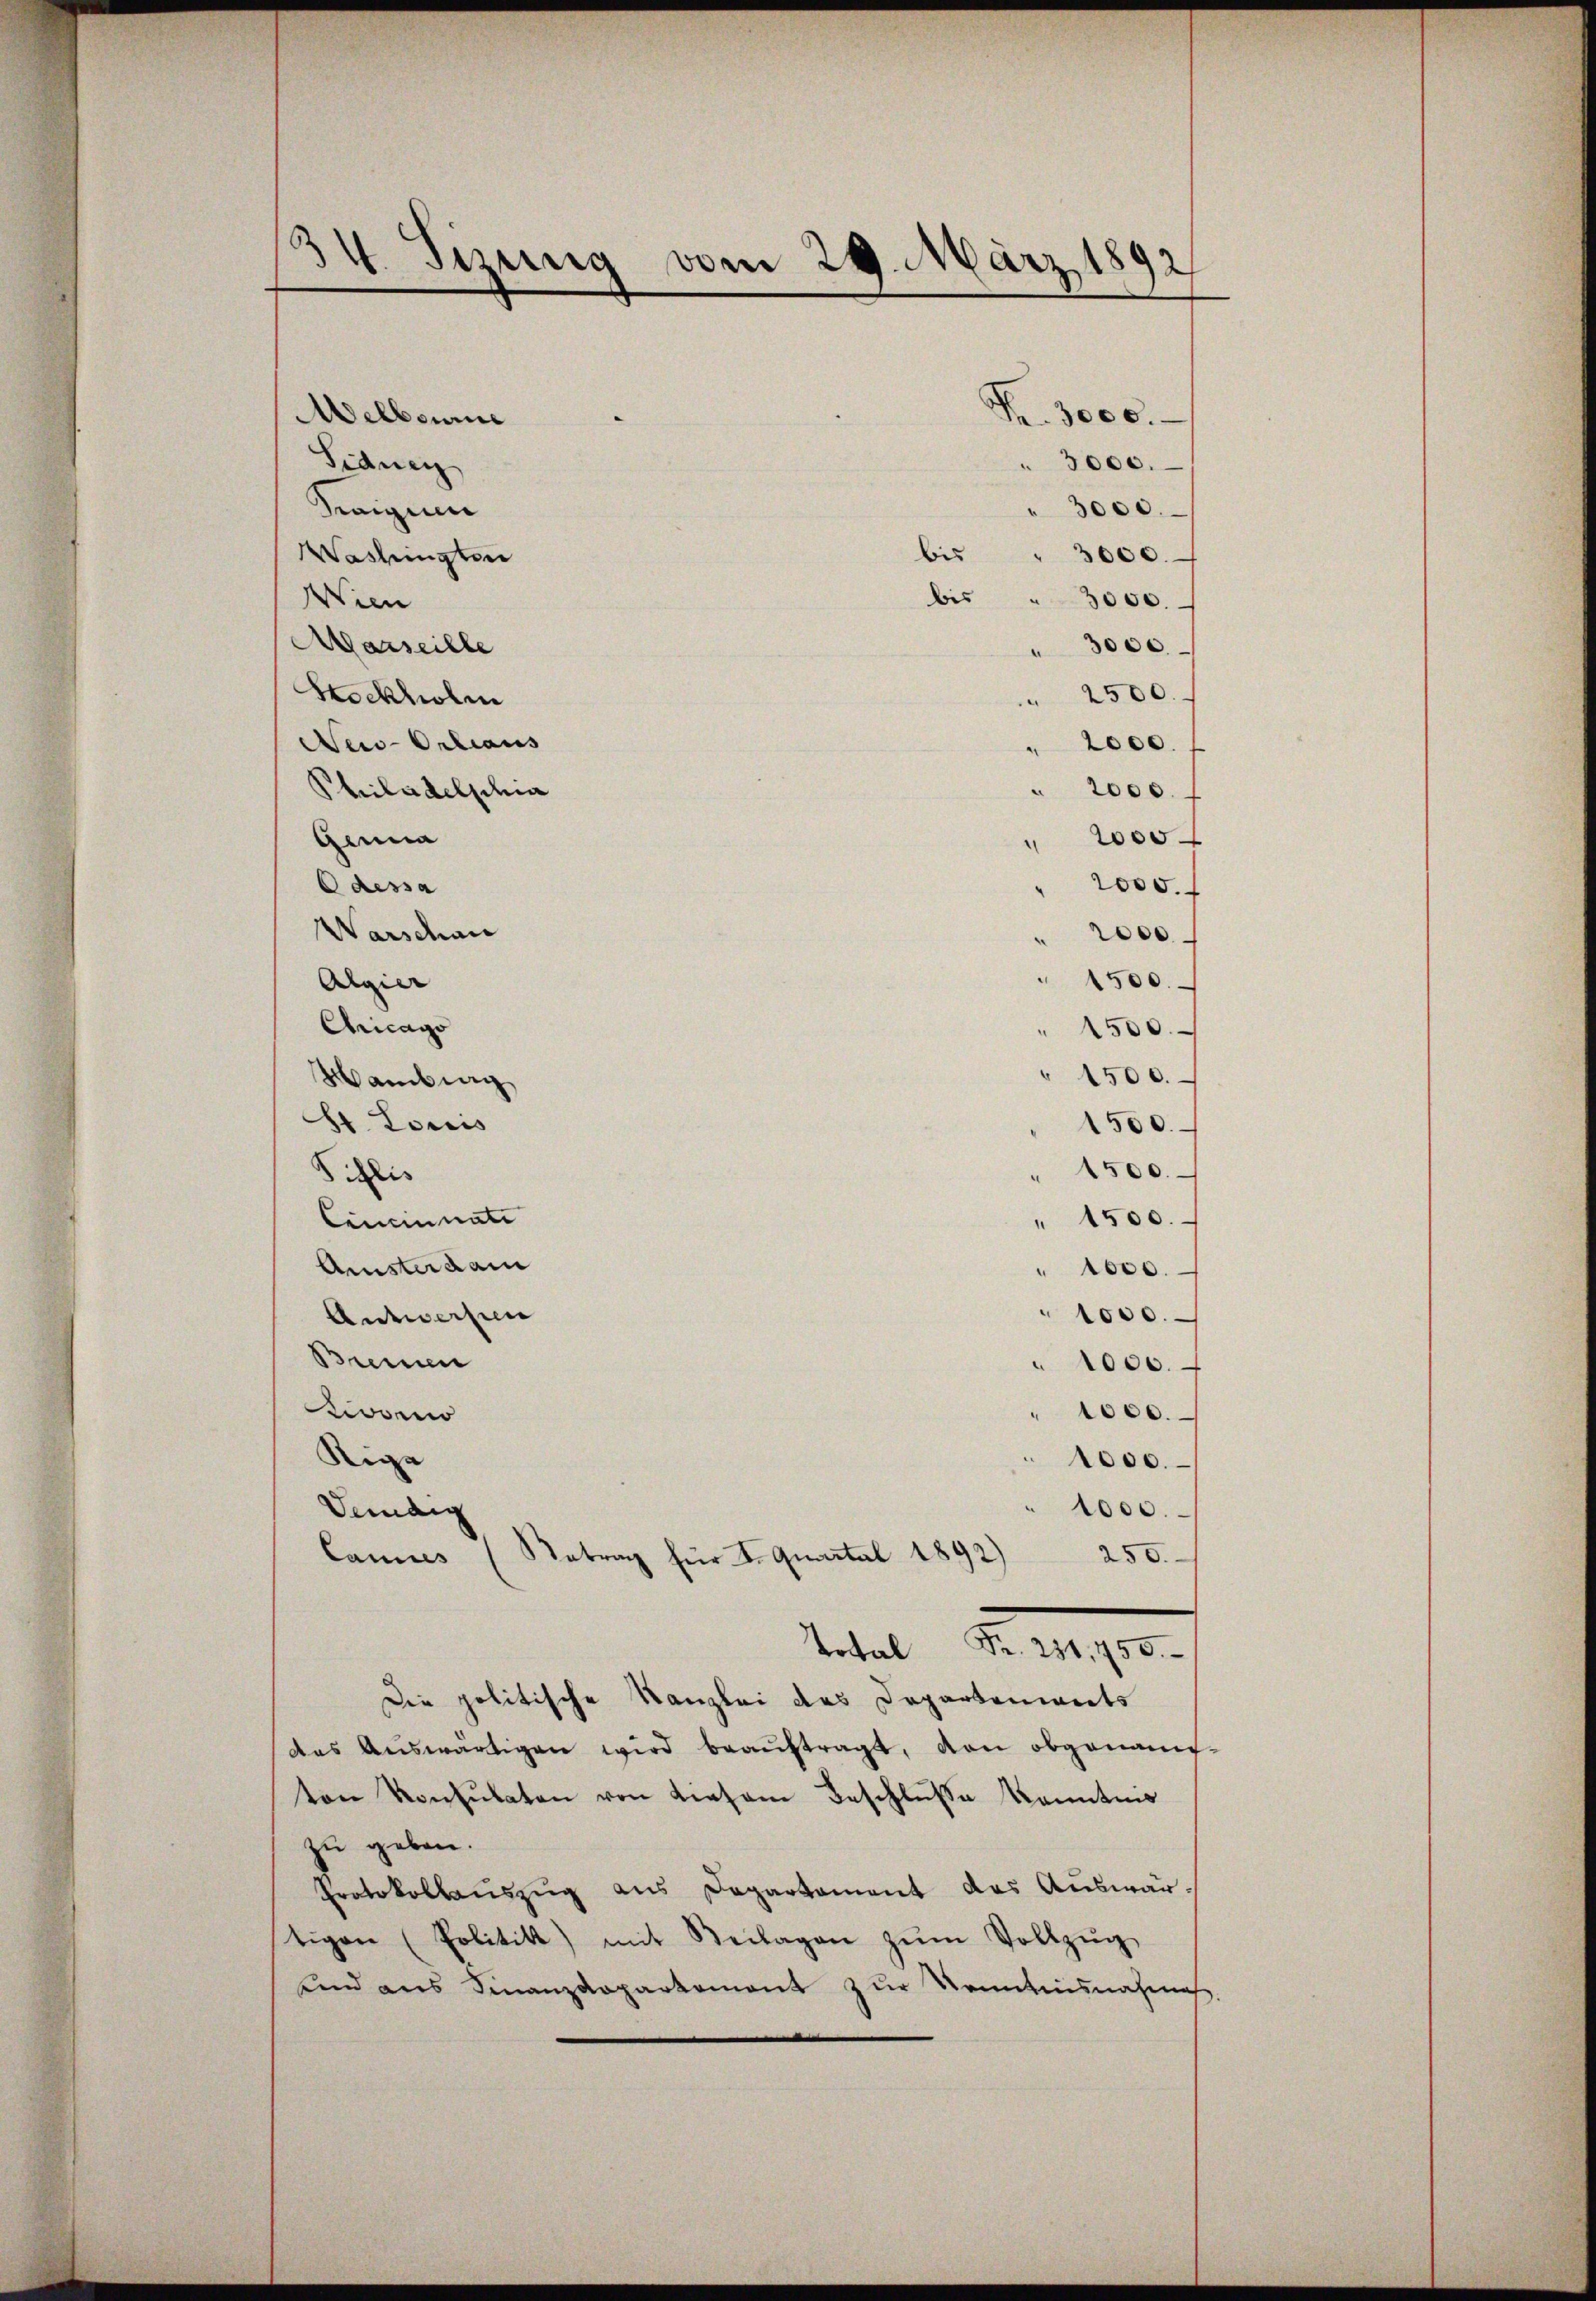
34. Sizung vom 29. März 1892

elboure
Sidney
Traigue
Washingten
Wien
Aarseille
Stockholen
Nei-Ortiaus
Philadelschia
Ginna
Odessa
Warschau
Algier
Chicago
Wambung
E. Louis
Silie
Cincinati
Qnisterdam
Antworfen
Brennen
Livono
Sige

" 3000
 2500.
" 2000.
" 2000.
" 2000
1500.
" 1500.
" 1500.
1500.
1500.
" 1500.
" 1000.
1000.
" 1000.
 1000.
1000.
1000.
Vendig
Retrag für I. Quartal 1892) 250.
lannes
Total Fr. 231,750.
Die politische Kanzlei des Departenwarts
das Auswärtigen wird beauftragt, den obgenann
ton Konsulaten von diesem Beschlusse Kenntnis
zu geben.
Protokollaŭszŭg ans Departament des Auswär-
tigen (Politikt) mit Beilagen zŭm Vollzŭg
unnd aus Finanzdepartement zur Kenntnisnahme

bis

Fr. 3000.

" 3000.
3000.
3000.
bis " 3000.

2005.

2000.